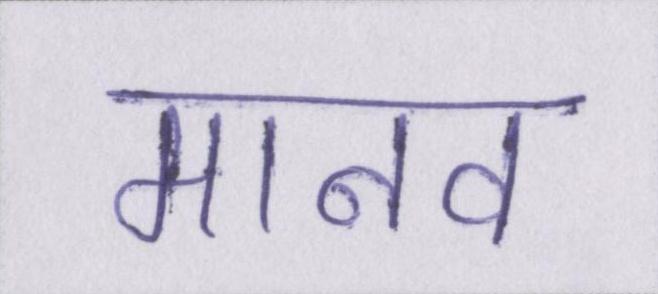
मानव